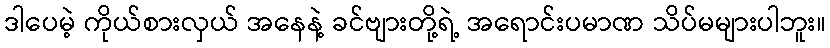
ဒါပေမဲ့ ကိုယ်စားလှယ် အနေနဲ့ ခင်ဗျားတို့ရဲ့ အရောင်းပမာဏ သိပ်မများပါဘူး။